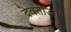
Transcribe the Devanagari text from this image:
देवताऑ